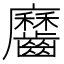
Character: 𪙱